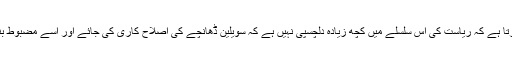
یہ ظاہر کرتا ہے کہ ریاست کی اس سلسلے میں کچھ زیادہ دلچسپی نہیں ہے کہ سویلین ڈھانچے کی اصلاح کاری کی جائے اور اسے مضبوط بنایا جائے ۔